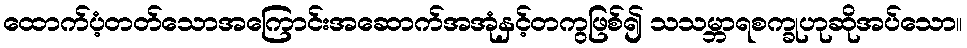
ထောက်ပံ့တတ်သောအကြောင်းအဆောက်အအုံနှင့်တကွဖြစ်၍ သသမ္ဘာရစက္ခုဟုဆိုအပ်သော။